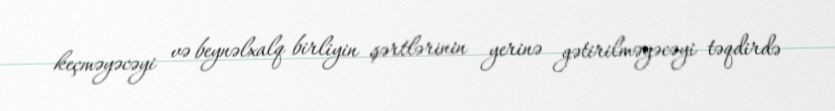
keçməyəcəyi və beynəlxalq birliyin şərtlərinin yerinə gətirilməyəcəyi təqdirdə